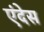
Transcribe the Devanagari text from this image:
एंदेस